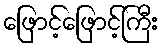
ဖြောင့်ဖြောင့်ကြီး